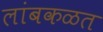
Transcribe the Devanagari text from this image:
लांबकळत